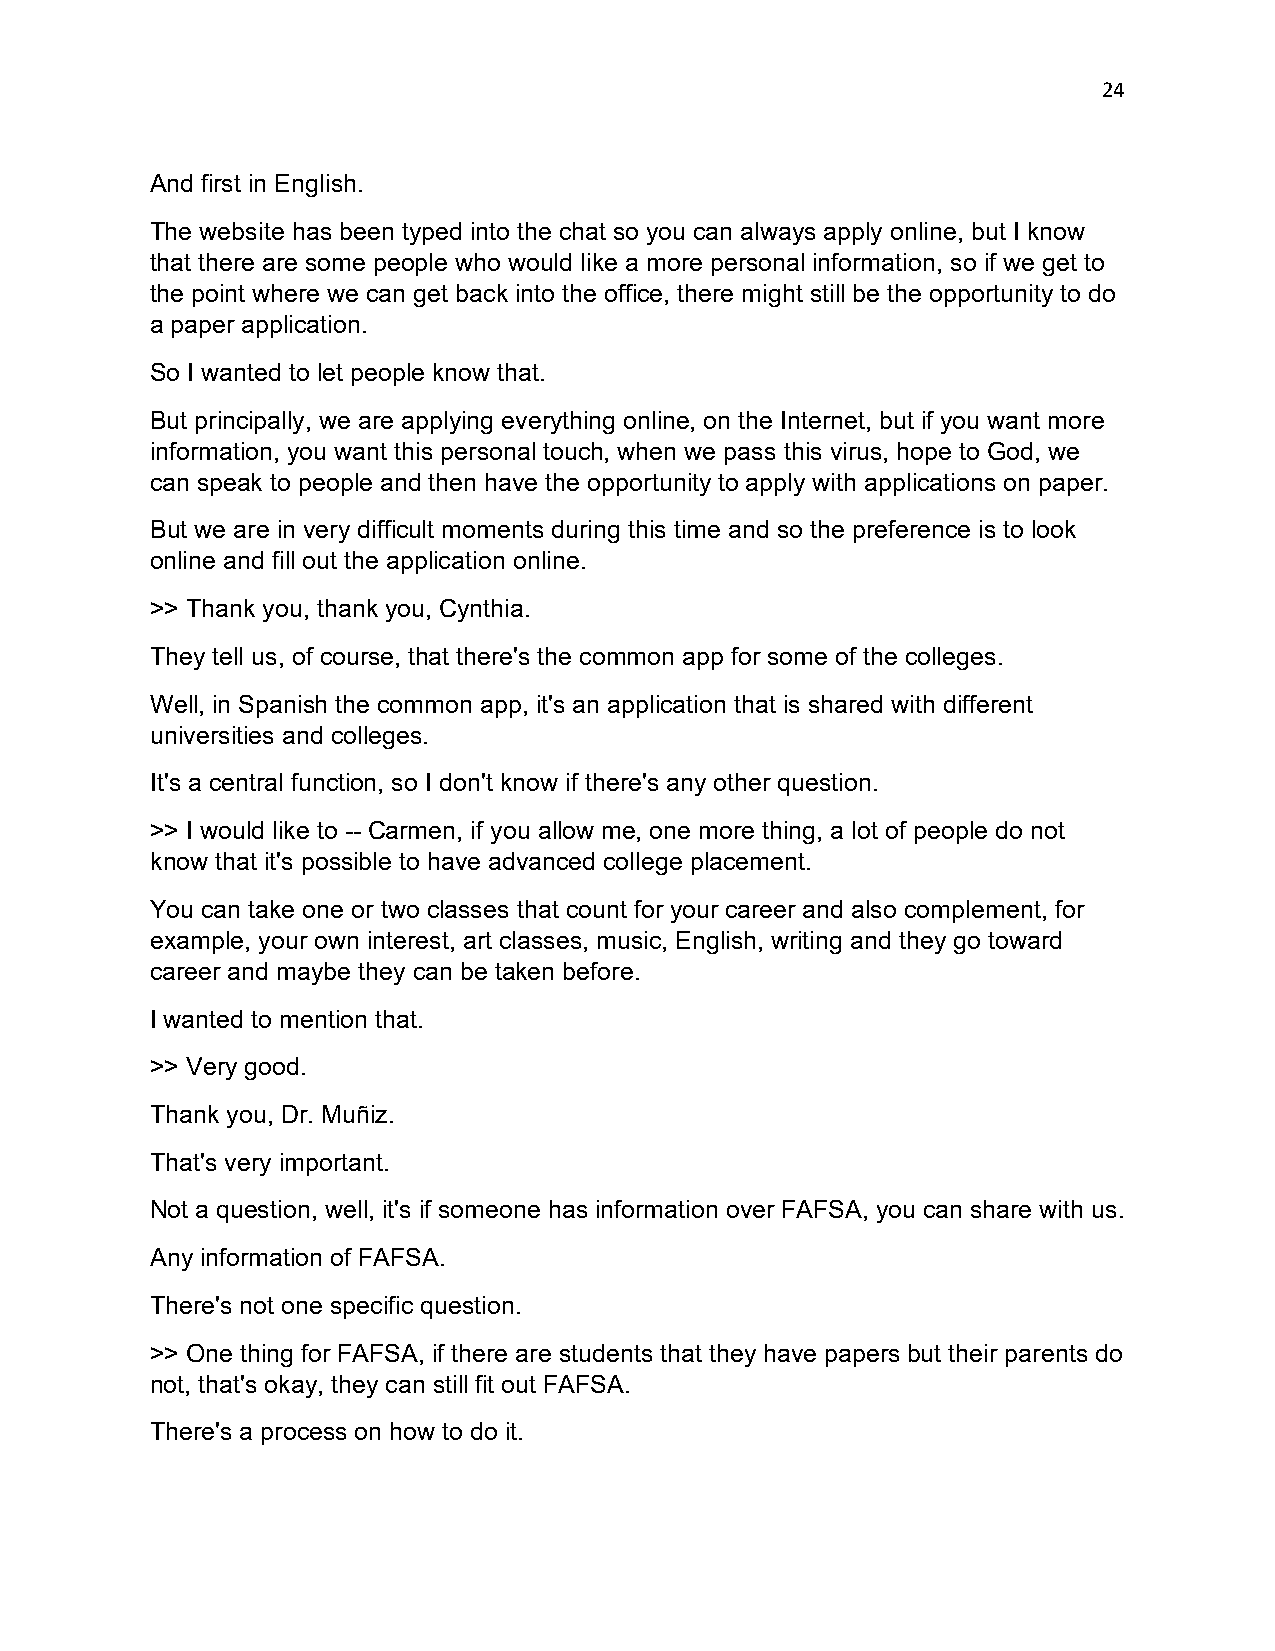
24
 And first in English.
 The website has been typed into the chat so you can always apply online, but I know
 that there are some people who would like a more personal information, so if we get to
 the point where we can get back into the office, there might still be the opportunity to do
 a paper application.
 So I wanted to let people know that.
 But principally, we are applying everything online, on the Internet, but if you want more
 information, you want this personal touch, when we pass this virus, hope to God, we
 can speak to people and then have the opportunity to apply with applications on paper.
 But we are in very difficult moments during this time and so the preference is to look
 online and fill out the application online.
 >> Thank you, thank you, Cynthia.
 They tell us, of course, that there's the common app for some of the colleges.
 Well, in Spanish the common app, it's an application that is shared with different
 universities and colleges.
 It's a central function, so I don't know if there's any other question.
 >> I would like to -- Carmen, if you allow me, one more thing, a lot of people do not
 know that it's possible to have advanced college placement.
 You can take one or two classes that count for your career and also complement, for
 example, your own interest, art classes, music, English, writing and they go toward
 career and maybe they can be taken before.
 I wanted to mention that.
 >> Very good.
 Thank you, Dr. Muñiz.
 That's very important.
 Not a question, well, it's if someone has information over FAFSA, you can share with us.
 Any information of FAFSA.
 There's not one specific question.
 >> One thing for FAFSA, if there are students that they have papers but their parents do
 not, that's okay, they can still fit out FAFSA.
 There's a process on how to do it.